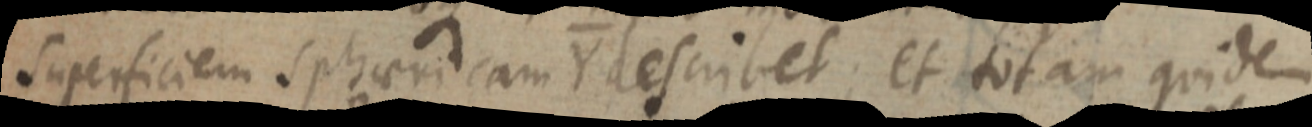
superficiem sphaericam Y describet; et totam quidem